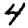
Digit: 4